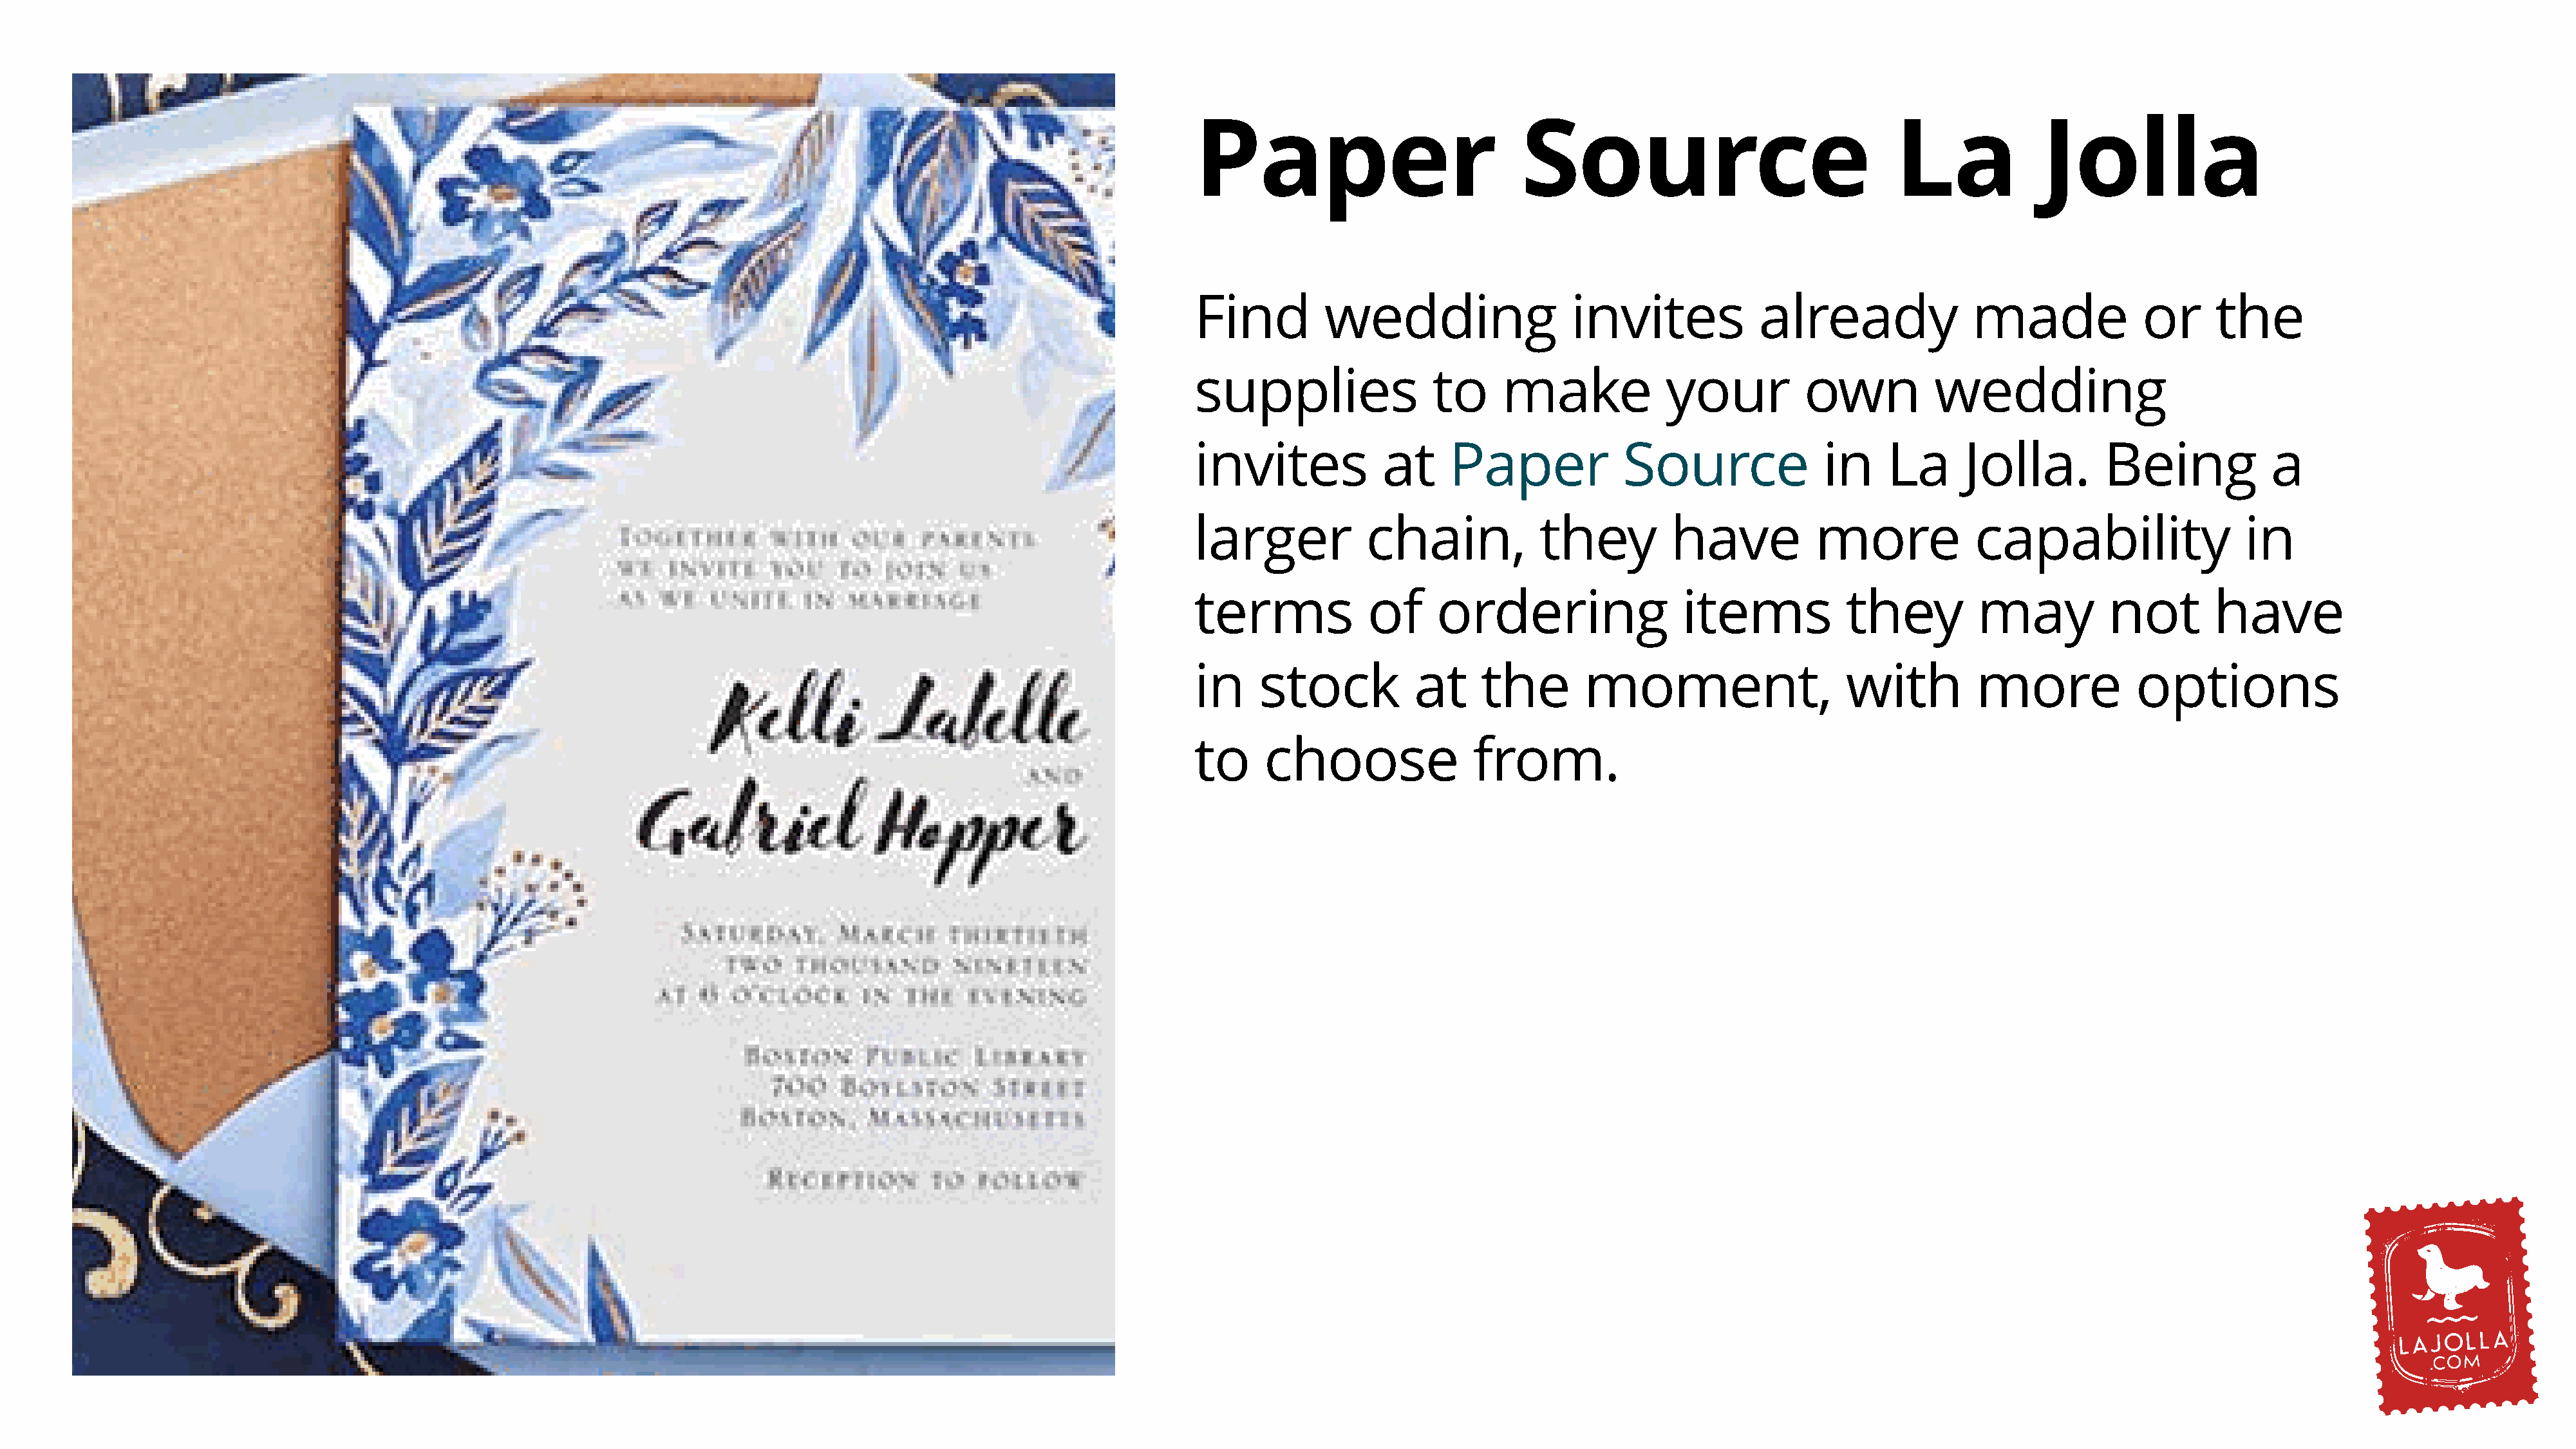
Paper                            Source                                 La             Jolla
 Find         wedding                  invites             already               made             or      the
 supplies                to     make             your          own           wedding
 invites            at     Paper             Source              in     La      Jolla.        Being            a
 larger           chain,            they          have           more            capability                  in
 terms             of     ordering                 items            they         may           not        have
 in    stock           at     the        moment,                    with         more             options
 to     choose               from.